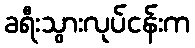
ခရီးသွားလုပ်ငန်းက